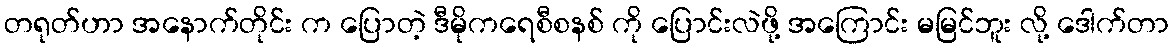
တရုတ်ဟာ အနောက်တိုင်း က ပြောတဲ့ ဒီမိုကရေစီစနစ် ကို ပြောင်းလဲဖို့ အကြောင်း မမြင်ဘူး လို့ ဒေါက်တာ